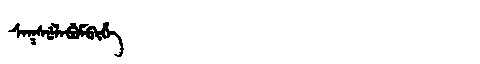
Manchu: ᠰᠠᡴᠰᡠᠯᠠᠪᡠᠮᠪᡳᡥᡝ
Romanization: SAKSULABUMBIHE